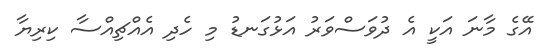
އޭގެ މާނަ އަކީ އެ ދުވަސްވަރު އަޅުގަނޑު މި ހެދި އެއްޗިއްސާ ކިރިޔާ